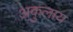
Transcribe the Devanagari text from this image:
अकुलाय